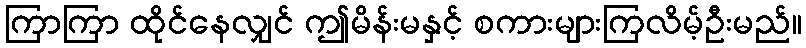
ကြာကြာ ထိုင်နေလျှင် ဤမိန်းမနှင့် စကားများကြလိမ့်ဦးမည်။